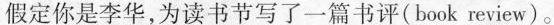
假定你是李华，为读书节写了一篇书评(book review)。